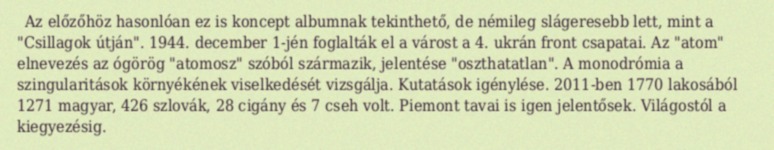
Az előzőhöz hasonlóan ez is koncept albumnak tekinthető, de némileg slágeresebb lett, mint a "Csillagok útján". 1944. december 1-jén foglalták el a várost a 4. ukrán front csapatai. Az "atom" elnevezés az ógörög "atomosz" szóból származik, jelentése "oszthatatlan". A monodrómia a szingularitások környékének viselkedését vizsgálja. Kutatások igénylése. 2011-ben 1770 lakosából 1271 magyar, 426 szlovák, 28 cigány és 7 cseh volt. Piemont tavai is igen jelentősek. Világostól a kiegyezésig.